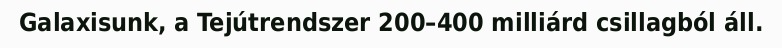
Galaxisunk, a Tejútrendszer 200–400 milliárd csillagból áll.